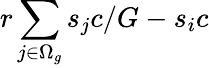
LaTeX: r\sum_{j\in\Omega_{g}}s_{j}c/G-s_{i}c